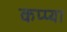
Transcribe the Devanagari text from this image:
कप्प्या